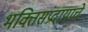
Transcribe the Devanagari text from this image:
भक्तिसंप्रदायाचे